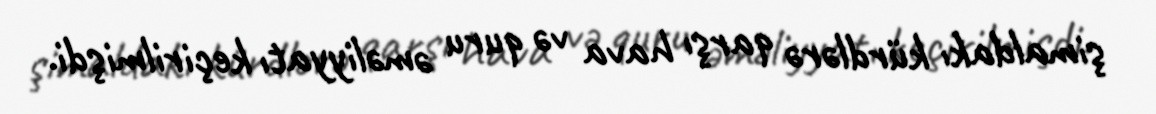
şimaldakı kürdlərə qarşı hava və quru əməliyyatı keçirilmişdi.